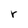
Character: r